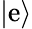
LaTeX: |\mathrm{e}\rangle